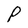
Character: P